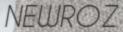
NEWROZ